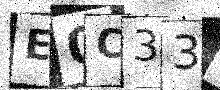
Text: E0C33L